Annual report on the working of the mental hospitals in the Madras Presidency - 1912-1932
Year: 1912
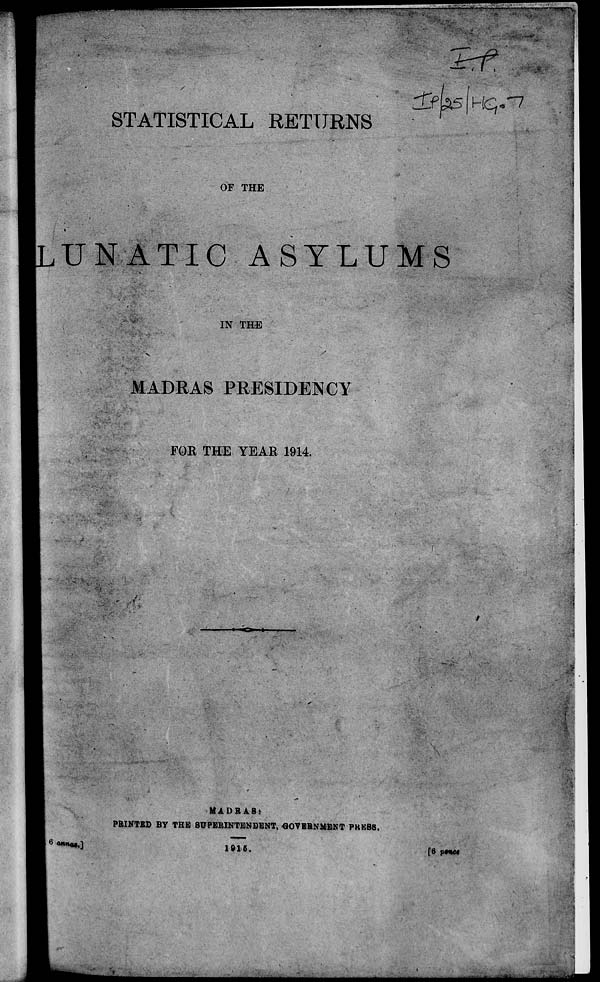
STATISTICAL RETURNS
d>bs I \-iq.i
OF THE
j
UN -A TIG ASYLUMS
IN THE
MADRAS PRESIDENCY
FOE THE YEAK 1914.
<mno».]
MADRAS:
PRINTED BY THE SUPERINTENDENT, GOVERNMENT PKKBS.
1015.
V**c*